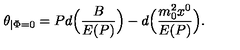
\theta _ { \mid \Phi = 0 } = P d \Bigl ( \frac { B } { E ( P ) } \Bigr ) - d \Bigl ( \frac { m _ { 0 } ^ { 2 } x ^ { 0 } } { E ( { P } ) } \Bigr ) .